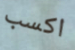
اكسب